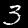
Label: 3